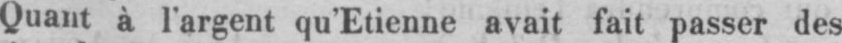
Quant à l’argent qu’Etienne avait fait passer des